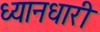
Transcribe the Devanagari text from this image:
ध्यानधारी